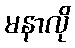
မနာလို